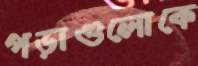
পড়াগুলোকে